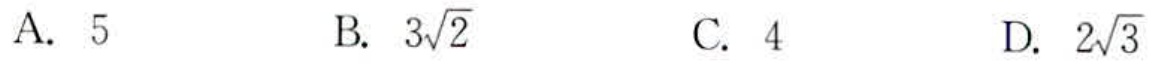
A. \(5\)
B. \(3\sqrt{2}\)
C. \(4\)
D. \(2\sqrt{3}\)